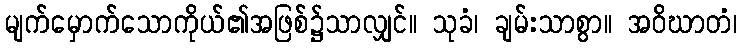
မျက်မှောက်သောကိုယ်၏အဖြစ်၌သာလျှင်။ သုခံ၊ ချမ်းသာစွာ။ အဝိဃာတံ၊